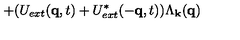
+ ( U _ { e x t } ( { \bf { q } } , t ) + U _ { e x t } ^ { * } ( - { \bf { q } } , t ) ) \Lambda _ { { \bf { k } } } ( { \bf { q } } )